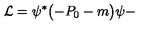
{ \cal L } = \psi ^ { * } \bigl ( - P _ { 0 } - m \bigr ) \psi -